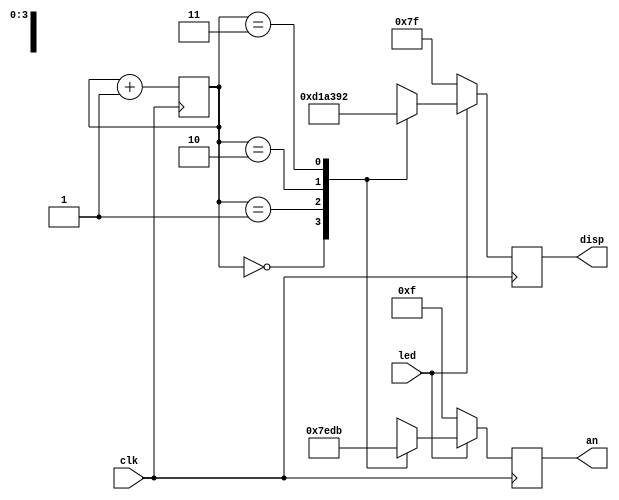
`timescale 1ns / 1ps
//////////////////////////////////////////////////////////////////////////////////
// Company: 
// Engineer: 
// 
// Design Name: 
// Module Name:    sevenSegmentCLSFAR 
// Project Name: 
// Target Devices: 
// Tool versions: 
// Description: 
//
// Dependencies: 
//
// Revision: 
// Revision 0.01 - File Created
// Additional Comments: 
//
//////////////////////////////////////////////////////////////////////////////////
module sevenSegmentCLSFAR(
		input clk,
		input led,
		output reg [6:0] disp,
		output reg [3:0] an
    );
	 
	 //Declare register count
	 reg [1:0] count;
	 
	 //Hard code the individual letters
	 parameter 
		C = 7'b1000110,
		L = 7'b1000111,
		S = 7'b0010010,
		E = 7'b0000110,
	 nothing = 7'b1111111;

	 //Initialize
	 initial begin
		disp <= nothing;
		an <= 4'b1111;
		count <= 2'b00;
	 end
	 
	 
	 always @(posedge clk)begin
		count <= count + 1;
	 end // always
	 
	 
	 always @(posedge clk)begin
		if (led == 1)begin
			case(count)
			2'b00:begin 
				disp <= E;
				an <= 4'b0111;
			end 
			2'b01: begin
				disp <= C;
				an <= 4'b1110;
			end
			
			2'b10: begin
				disp <= L;
				an <= 4'b1101;
			end
			2'b11: begin
				disp <= S;
				an <= 4'b1011;
			end
			
		endcase
		end //if led == 1
		
		else begin
			disp <= nothing;
			an <= 4'b1111; 
		end //else if led == 0
		
	 end //always
	 
endmodule